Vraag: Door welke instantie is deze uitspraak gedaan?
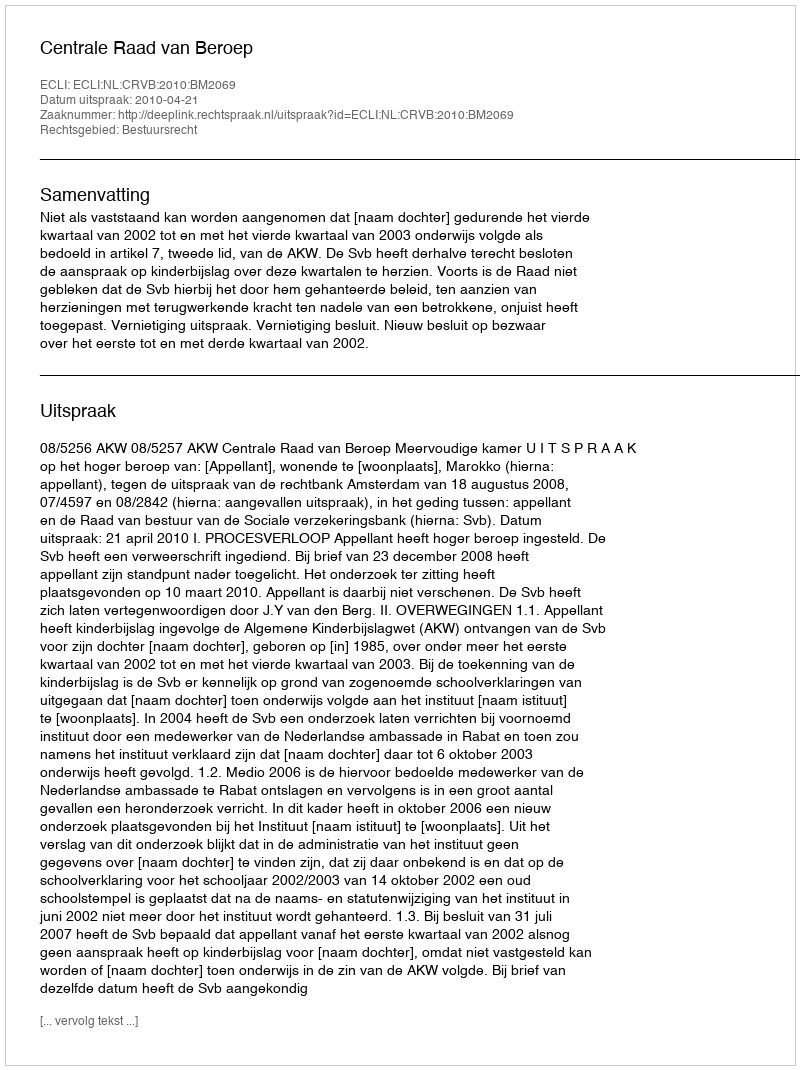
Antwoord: Centrale Raad van Beroep